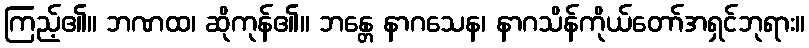
ကြည့်၏။ ဘဏထ၊ ဆိုကုန်၏။ ဘန္တေ နာဂသေန၊ နာဂသိန်ကိုယ်တော်အရှင်ဘုရား။